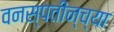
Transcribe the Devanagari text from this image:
वनस्पतीन्च्या